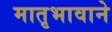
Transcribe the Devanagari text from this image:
मातृभावाने